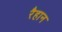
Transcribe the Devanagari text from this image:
रैहान